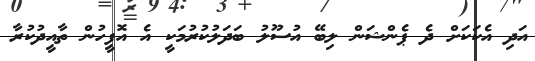
އަދި އެކަކަށް ދެ ޕެންޝަން ލިބޭ އުސޫލު ބަދަލުކުރުމަކީ އެ އޮފީހުން ތާއީދުކުރާ